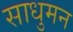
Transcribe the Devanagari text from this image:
साधुमन